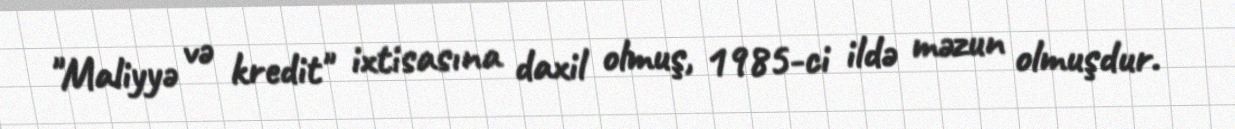
"Maliyyə və kredit" ixtisasına daxil olmuş, 1985-ci ildə məzun olmuşdur.